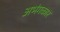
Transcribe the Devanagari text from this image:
अभंगकार